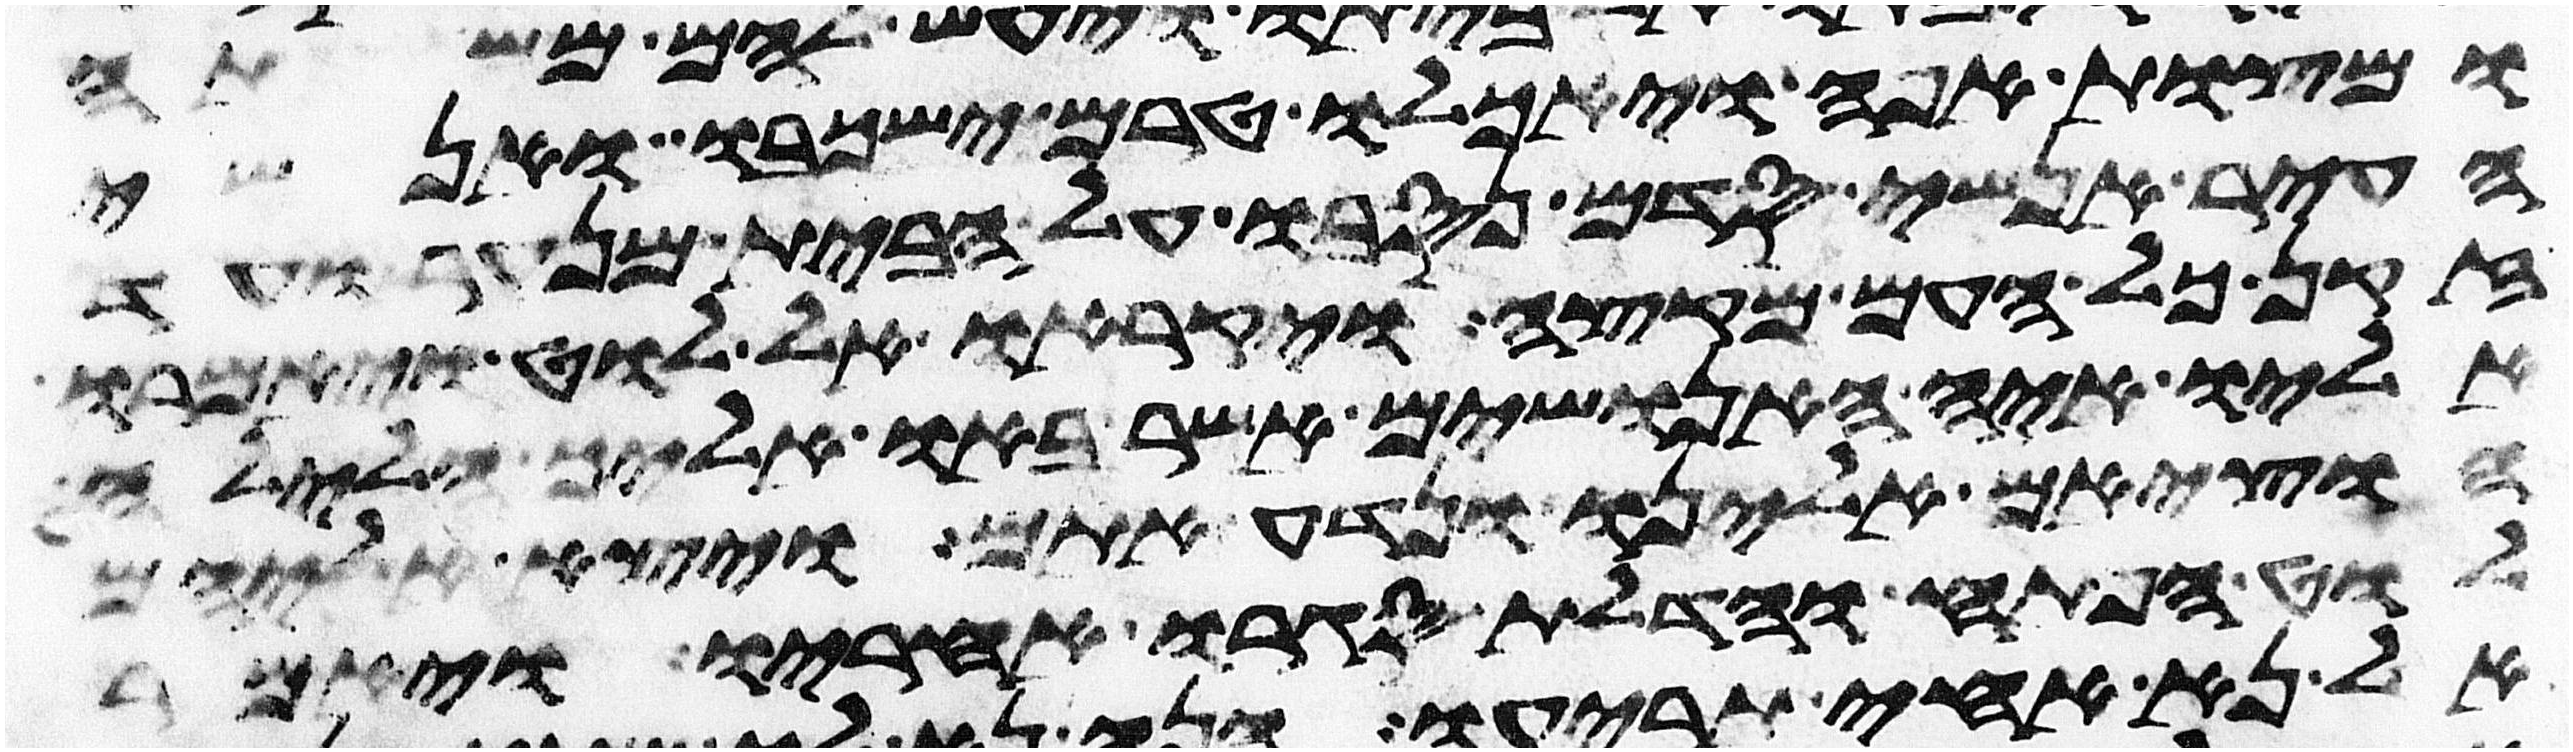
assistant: ומצות אפה ויאכלו טרם ישכבו אנשי
העיר אנשי סדם נסבו על הבית מנער ועד
זקן כל העם מקצה ויקראו אל לוט ויאמרו
אליו איה האנושים אשר באו אליך הלילה
הוציאם אלינו ונדע אתם ויצא אליהם
לוט הפתח והדלת סגרו אחריו ויאמר